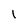
Character: 1